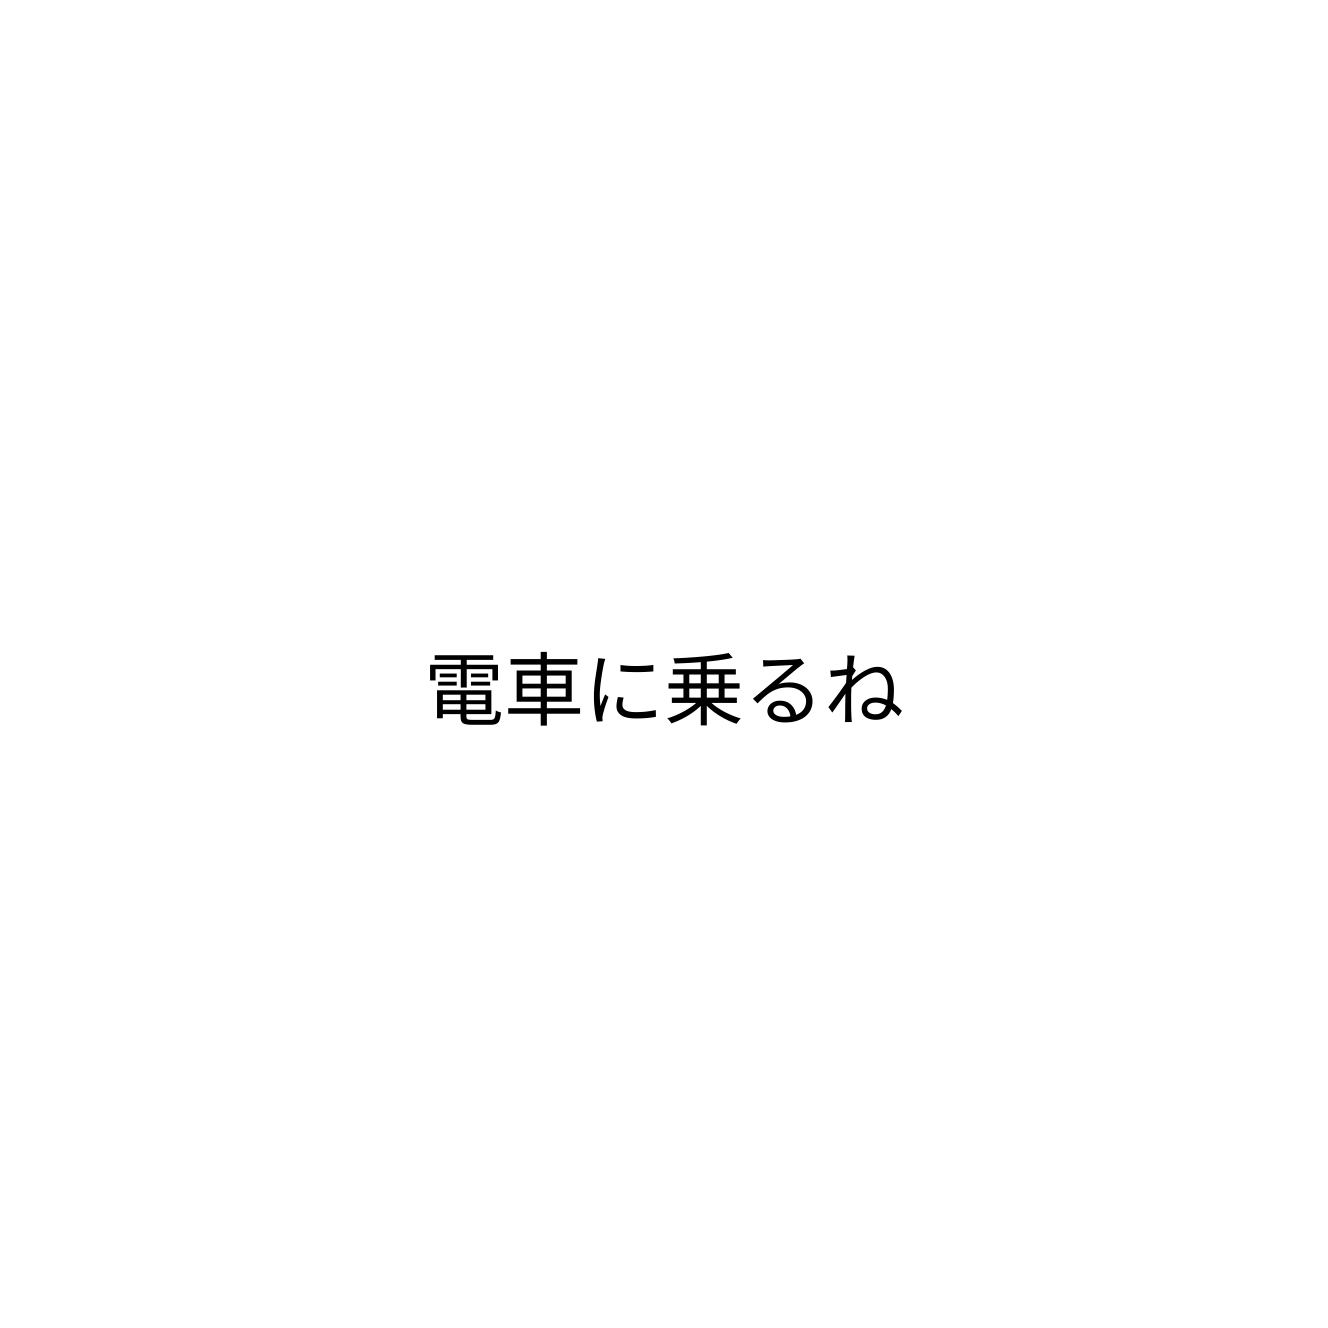
電車に乗るね